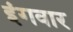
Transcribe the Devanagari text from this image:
इंगवार